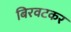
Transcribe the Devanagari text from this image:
बिरवटकर